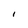
Character: I